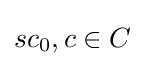
sc_{0},c\in C